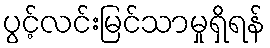
ပွင့်လင်းမြင်သာမှုရှိရန်